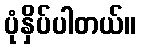
ပုံနှိပ်ပါတယ်။